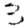
Digit: 3